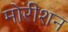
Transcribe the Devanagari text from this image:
मोरीशन